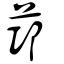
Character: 𦭭